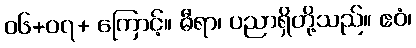
၀၆+၀၇+ ကြောင့်။ ဓီရာ၊ ပညာရှိတို့သည်။ ဧဝံ၊